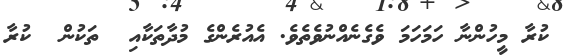
ކުރާ މީހުންނާ ހަމަހަމަ ވެގެނެއްނުވެތެވެ. އެއުރެންގެ މުދާތަކާއި  ތަކުން  ކުރާ